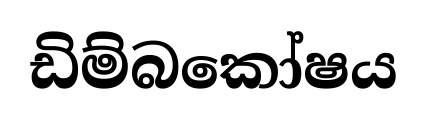
ඩිම්බකෝෂය